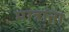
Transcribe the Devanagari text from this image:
मात्रांना